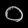
Digit: ၀